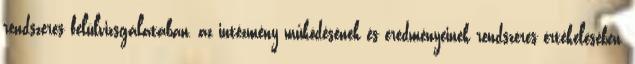
rendszeres felülvizsgálatában, az intézmény működésének és eredményeinek rendszeres értékelésében,